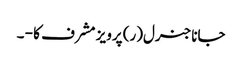
جاناجنرل(ر) پرویز مشرف کا - ۔